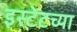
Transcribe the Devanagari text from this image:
इस्टेटच्या